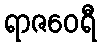
ရာဇဝေရီ